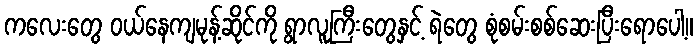
ကလေးတွေ ဝယ်နေကျမုန့်ဆိုင်ကို ရွာလူကြီးတွေနှင့် ရဲတွေ စုံစမ်းစစ်ဆေးပြီးရောပေါ့။